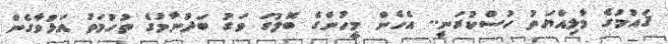
ޤައުމުގެ މާލިއްޔަތު ހުސްކުރަނީ.. އެހެން މީހުންގެ ބޮލުގަ ވަގު ބަދުނާމުގެ ތުހުމަތު އަޅުވާގެން